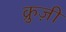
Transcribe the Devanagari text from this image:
क्रुज़ी